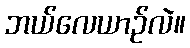
ဘယ်လေယာဉ်လဲ။